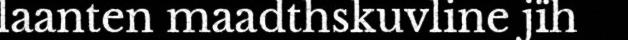
laanten maadthskuvline jïh